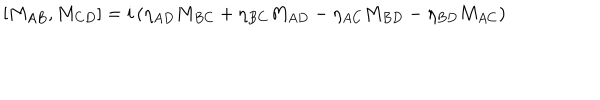
[ M _ { A B } , M _ { C D } ] = i \left( \eta _ { A D } M _ { B C } + \eta _ { B C } M _ { A D } - \eta _ { A C } M _ { B D } - \eta _ { B D } M _ { A C } \right)